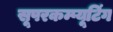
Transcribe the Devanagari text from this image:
सूपरकम्प्यूटिंग